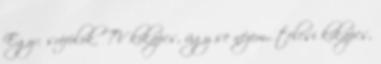
Egy= srófolok. TV kikapcs, úgy se nézem,. telcsi kikapcs,